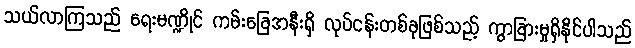
သယ်လာကြသည် ရေးမဏ္ဍိုင် ကမ်းခြေအနီးရှိ လုပ်ငန်းတစ်ခုဖြစ်သည့် ကွာခြားမှုရှိနိုင်ပါသည်